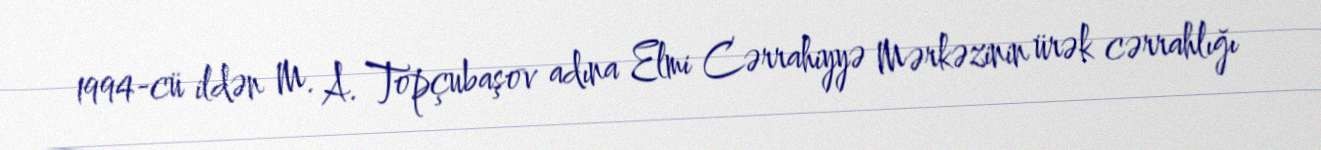
1994-cü ildən M. A. Topçubaşov adına Elmi Cərrahiyyə Mərkəzinin ürək cərrahlığı